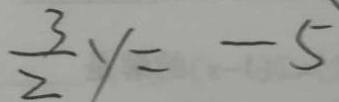
\frac { 3 } { 2 } y = - 5